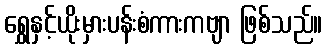
ရွှေနှင့်ယိုးမှားပန်းစံကားကဗျာ ဖြစ်သည်။